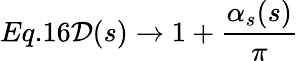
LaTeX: Eq.16{\cal D}(s)\rightarrow 1+\frac{\alpha_{s}(s)}{\pi}